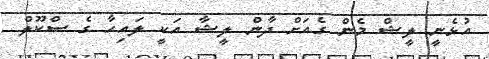
އުޅެނީ ލީޝް މެން ގެއަށް ދާން ލީޝާ އަކީ ލައިހާ ގެ ސްކޫލް